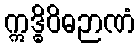
ဣဒ္ဓိဝိဓဉာဏံ